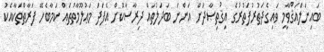
ބައިނަލްއަޤްވާމީ ވައިގެދަތުރުފަތުރުގެ އިޤުތިޞާދަށް އަންނަ ބަދަލުތައް ދިރާސާކޮށް އެފަދަ މަޢުލޫމާތުތައް ކަމާބެހޭ ފަރާތްތަކާއެކު